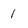
Character: 1